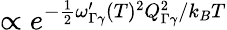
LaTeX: \propto e^{-\frac{1}{2}\omega_{\Gamma\gamma}^{\prime}(T)^{2}Q_{\Gamma\gamma}^{2}/k_{B}T}